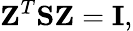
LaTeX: {\displaystyle{\mathbf Z}^{T}{\mathbf S}{\mathbf Z}={\mathbf I}},